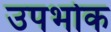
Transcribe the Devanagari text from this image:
उपभोक